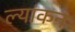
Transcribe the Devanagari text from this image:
ल्यांकन